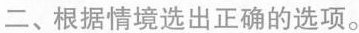
二、根据情境选出正确的选项。